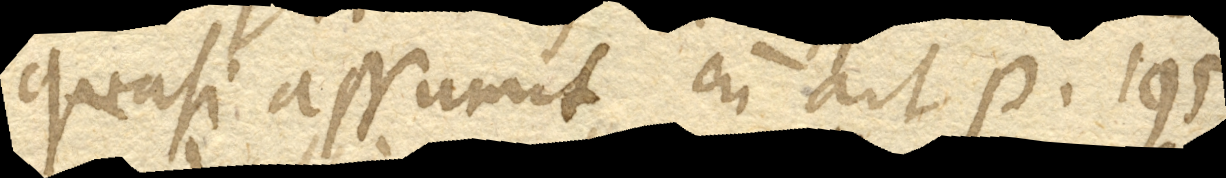
quasi assumit cum ait p. 195